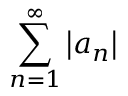
\sum _ { n = 1 } ^ { \infty } \left| a _ { n } \right\vert